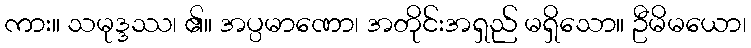
ကား။ သမုဒ္ဒဿ၊ ၏။ အပ္ပမာဏော၊ အတိုင်းအရှည် မရှိသော။ ဦမိမယော၊